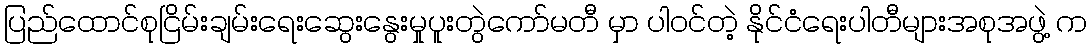
ပြည်ထောင်စုငြိမ်းချမ်းရေးဆွေးနွေးမှုပူးတွဲကော်မတီ မှာ ပါဝင်တဲ့ နိုင်ငံရေးပါတီများအစုအဖွဲ့ က